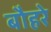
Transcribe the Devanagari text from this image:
बौहरे